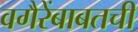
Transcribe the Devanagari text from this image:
वगैरेंबाबतची